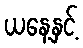
ယနေ့နှင့်